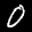
Label: 0